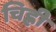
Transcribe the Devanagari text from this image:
चिह्ली